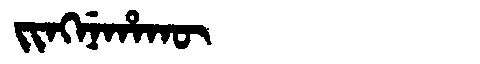
Manchu: ᠵᡳᠩᠨᡝᡥᠠᡴᡡ
Romanization: JINGNEHAKŪ